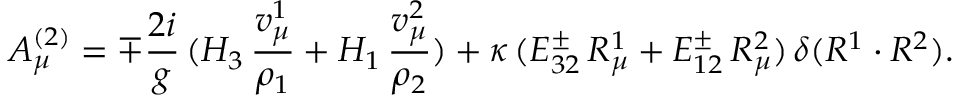
A _ { \mu } ^ { ( 2 ) } = \mp { \frac { 2 i } { g } } \, ( H _ { 3 } \, { \frac { v _ { \mu } ^ { 1 } } { \rho _ { 1 } } } + H _ { 1 } \, { \frac { v _ { \mu } ^ { 2 } } { \rho _ { 2 } } } ) + \kappa \, ( E _ { 3 2 } ^ { \pm } \, R _ { \mu } ^ { 1 } + E _ { 1 2 } ^ { \pm } \, R _ { \mu } ^ { 2 } ) \, \delta ( R ^ { 1 } \cdot R ^ { 2 } ) .